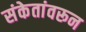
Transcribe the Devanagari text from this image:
संकेतांवरून